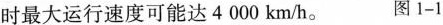
时最大运行速度可能达4000km/h。 图1-1